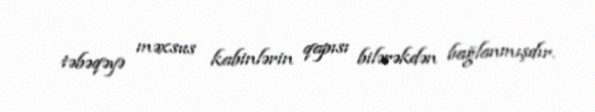
təbəqəyə məxsus kabinlərin qapısı bilərəkdən bağlanmışdır.